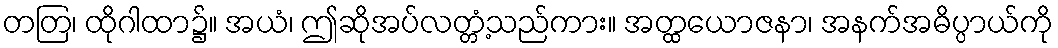
တတြ၊ ထိုဂါထာ၌။ အယံ၊ ဤဆိုအပ်လတ္တံ့သည်ကား။ အတ္ထယောဇနာ၊ အနက်အဓိပ္ပာယ်ကို